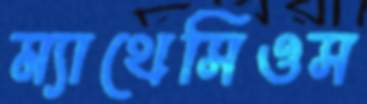
ম্যাথেসিওস